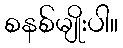
စနစ်မျိုးပါ။